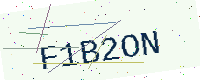
Text: F1B2ON